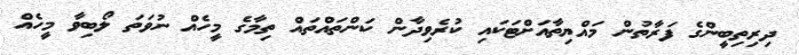
ދިރިތިބީންގެ ފަރާތުން މައްޔިތާއަށްޓަކައި ކުރެވިދާން ކަންތައްތައް ތިމާގެ މީހެއް ނުވަތަ ލޯބިވާ މީހެއް